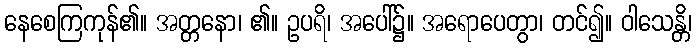
နေစေကြကုန်၏။ အတ္တနော၊ ၏။ ဥပရိ၊ အပေါ်၌။ အရောပေတွာ၊ တင်၍။ ဝါသေန္တိ၊